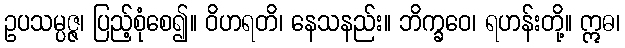
ဥပသမ္ပဇ္ဇ၊ ပြည့်စုံစေ၍။ ဝိဟရတိ၊ နေသနည်း။ ဘိက္ခဝေ၊ ရဟန်းတို့။ ဣဓ၊